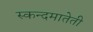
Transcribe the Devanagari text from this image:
स्कन्दमातेती